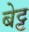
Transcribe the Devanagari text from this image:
बेट्ट